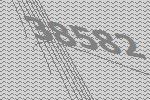
38582